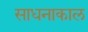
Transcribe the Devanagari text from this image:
साधनाकाल